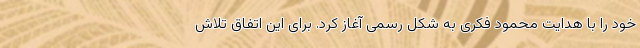
خود را با هدایت محمود فکری به شکل رسمی آغاز کرد. برای این اتفاق تلاش